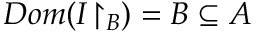
D o m ( I { \upharpoonright _ { B } } ) = B \subseteq A